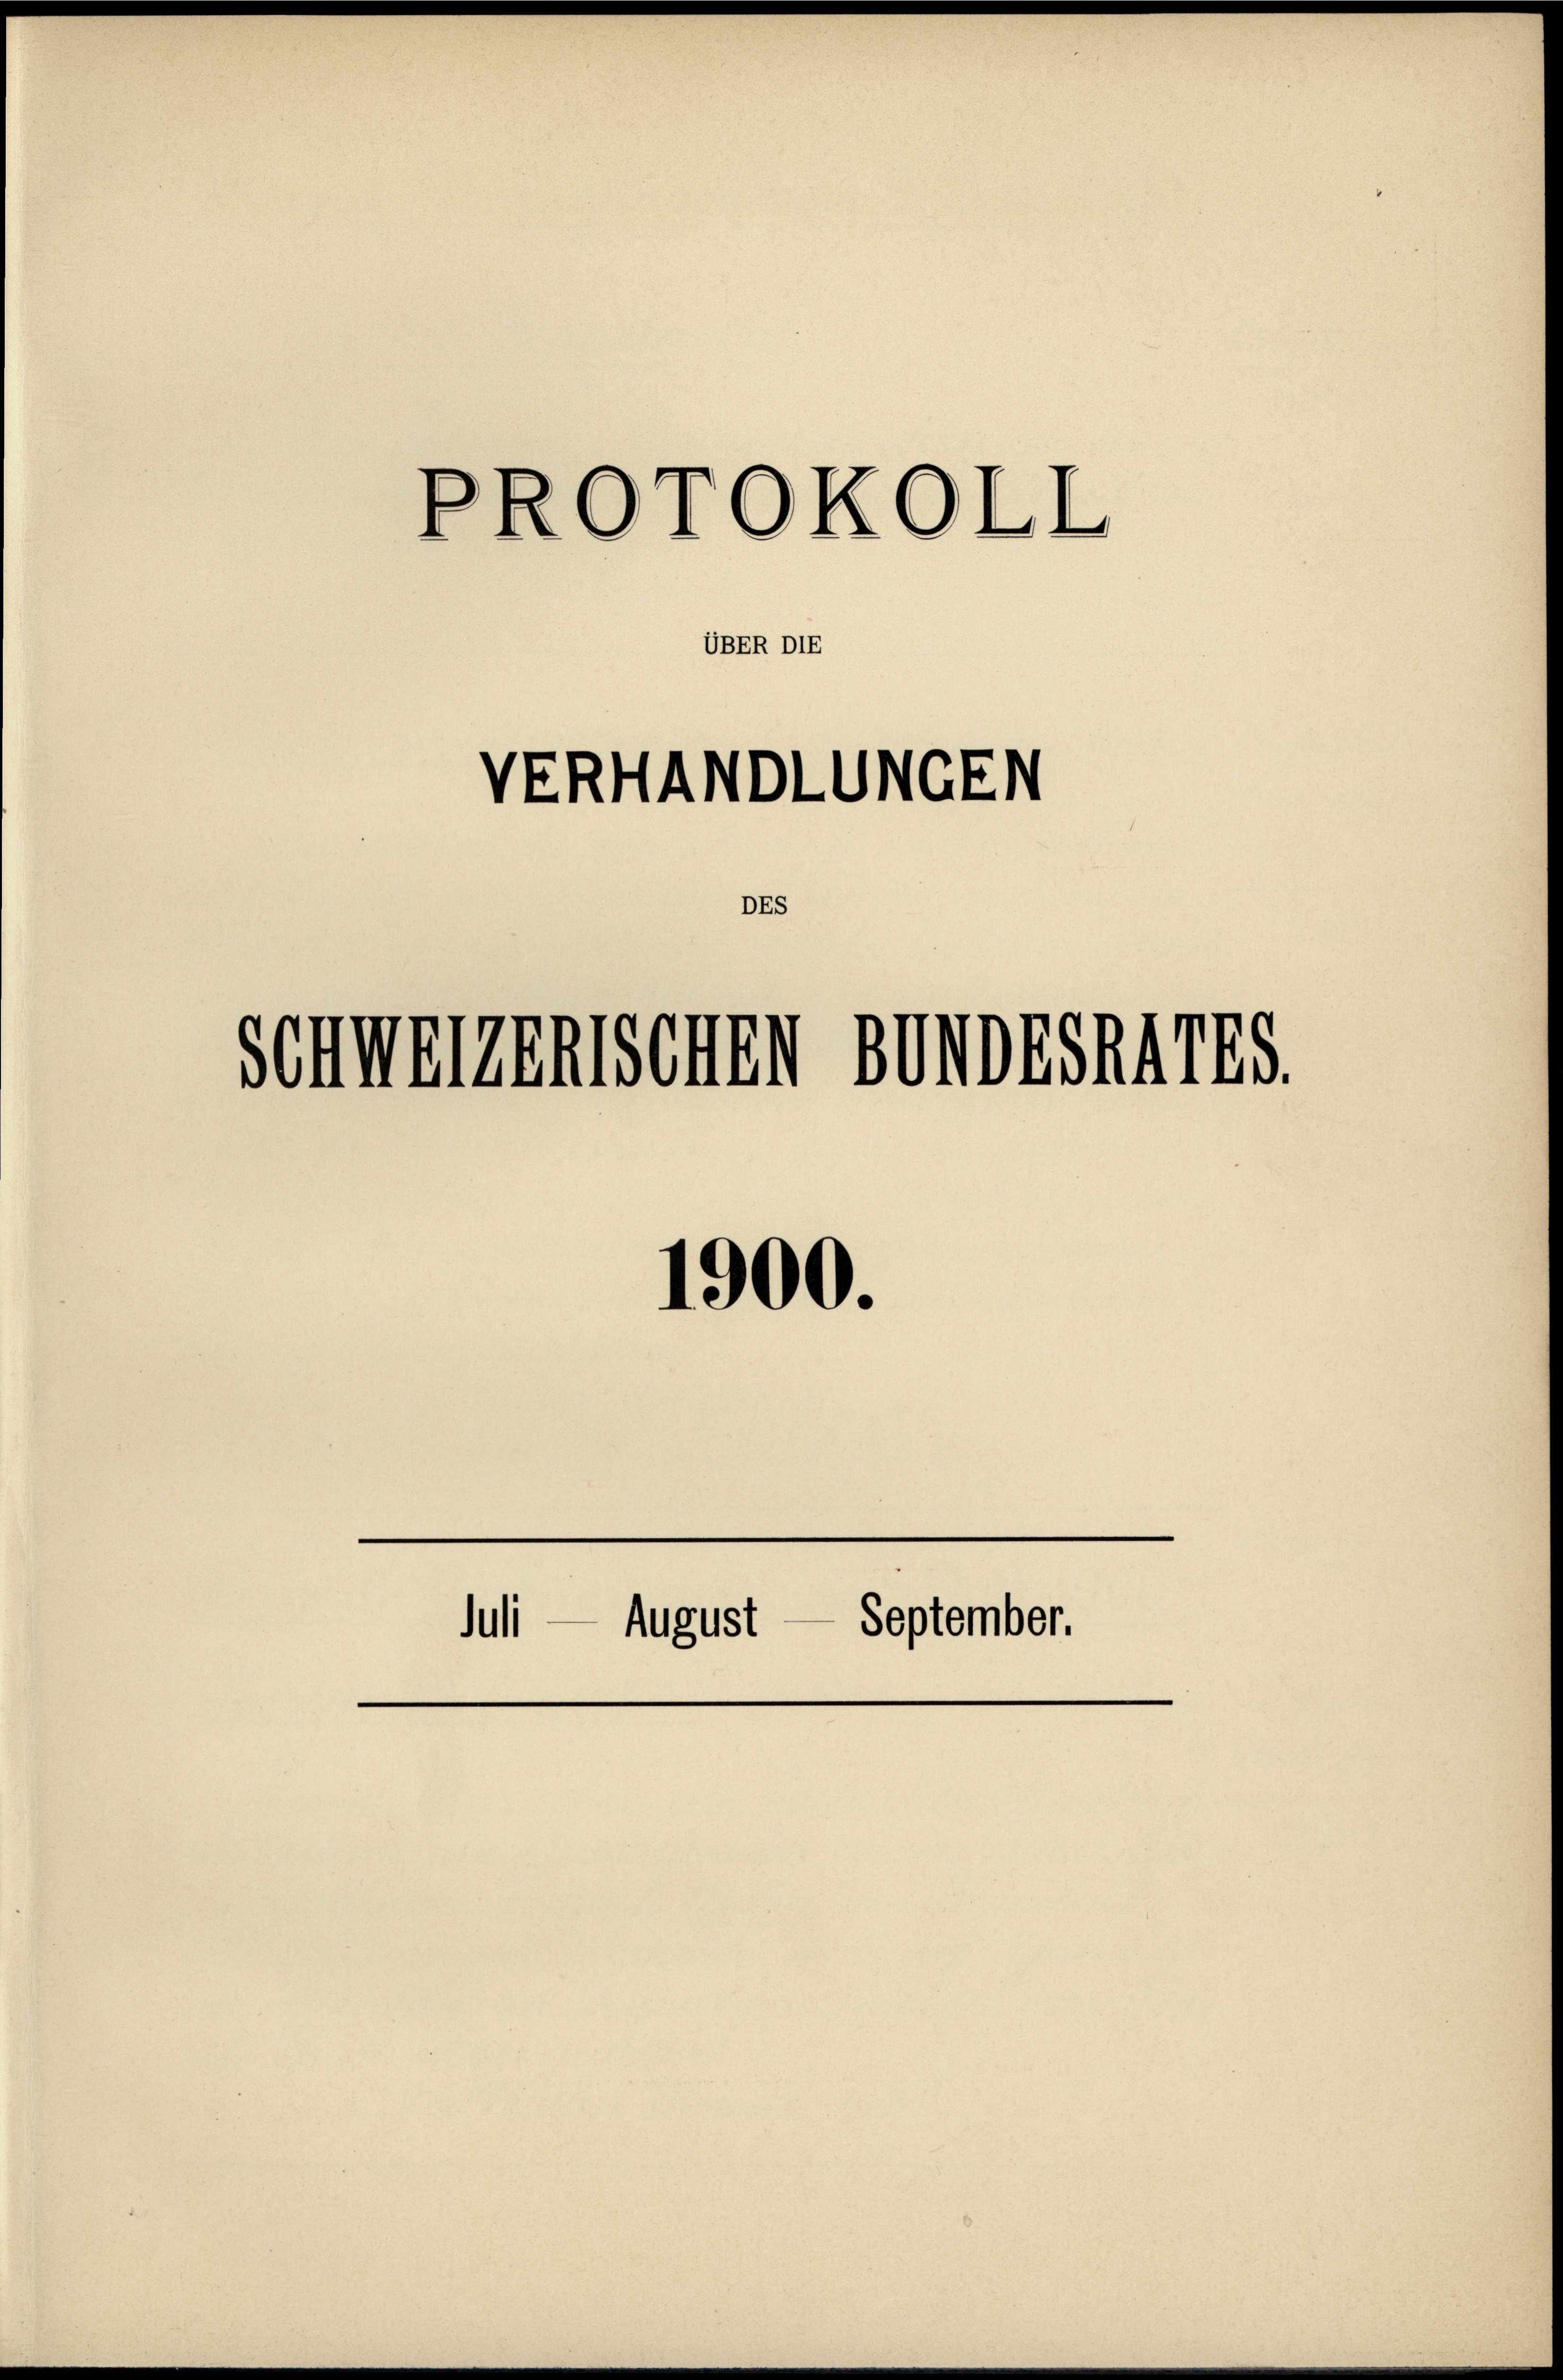
PROTOKOLL

VERHANDLUNGEN
DEs

Schweizenischen

Juli

August

UBER DIE

1900.

BUNDESAATES.

September.